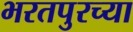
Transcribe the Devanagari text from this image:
भरतपुरच्या